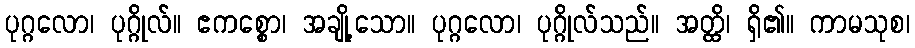
ပုဂ္ဂလော၊ ပုဂ္ဂိုလ်။ ဧကစ္စော၊ အချို့သော။ ပုဂ္ဂလော၊ ပုဂ္ဂိုလ်သည်။ အတ္ထိ၊ ရှိ၏။ ကာမသုစ၊